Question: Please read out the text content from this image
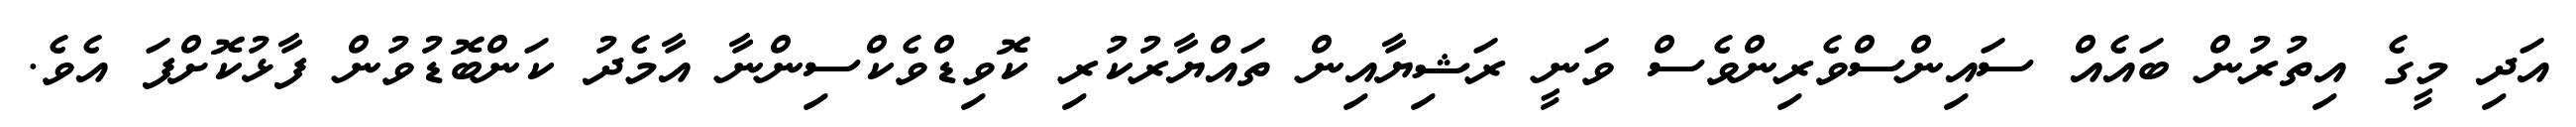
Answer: އަދި މީގެ އިތުރުން ބައެއް ސައިންސްވެރިންވެސް ވަނީ ރަޝިޔާއިން ތައްޔާރުކުރި ކޮވިޑްވެކްސިންނާ އާމެދު ކަންބޮޑުވުން ފާޅުކޮށްފަ އެވެ.